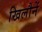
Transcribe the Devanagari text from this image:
खिलौनें